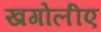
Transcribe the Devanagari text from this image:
खगोलीए